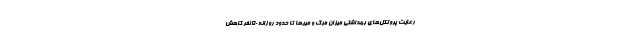
رعایت پروتکل‌های بهداشتی میزان مرگ و میرها تا حدود روزانه ۵۰ نفر کاهش